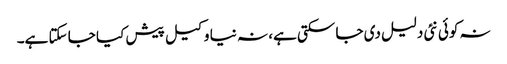
نہ کوئی نئی دلیل دی جا سکتی ہے، نہ نیا وکیل پیش کیا جا سکتا ہے۔